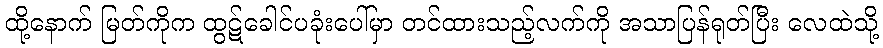
ထို့နောက် မြတ်ကိုက ထွဋ်ခေါင်ပခုံးပေါ်မှာ တင်ထားသည့်လက်ကို အသာပြန်ရုတ်ပြီး လေထဲသို့